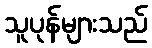
သူပုန်များသည်